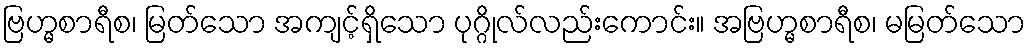
ဗြဟ္မစာရီစ၊ မြတ်သော အကျင့်ရှိသော ပုဂ္ဂိုလ်လည်းကောင်း။ အဗြဟ္မစာရီစ၊ မမြတ်သော